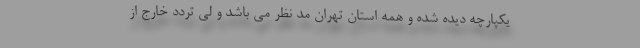
یکپارچه دیده شده و همه استان تهران مد نظر می باشد و لی تردد خارج از